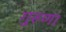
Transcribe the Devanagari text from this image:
गुरुणा